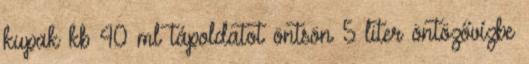
kupak kb 40 ml tápoldatot öntsön 5 liter öntözővízbe